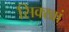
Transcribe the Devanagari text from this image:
सिक्खां